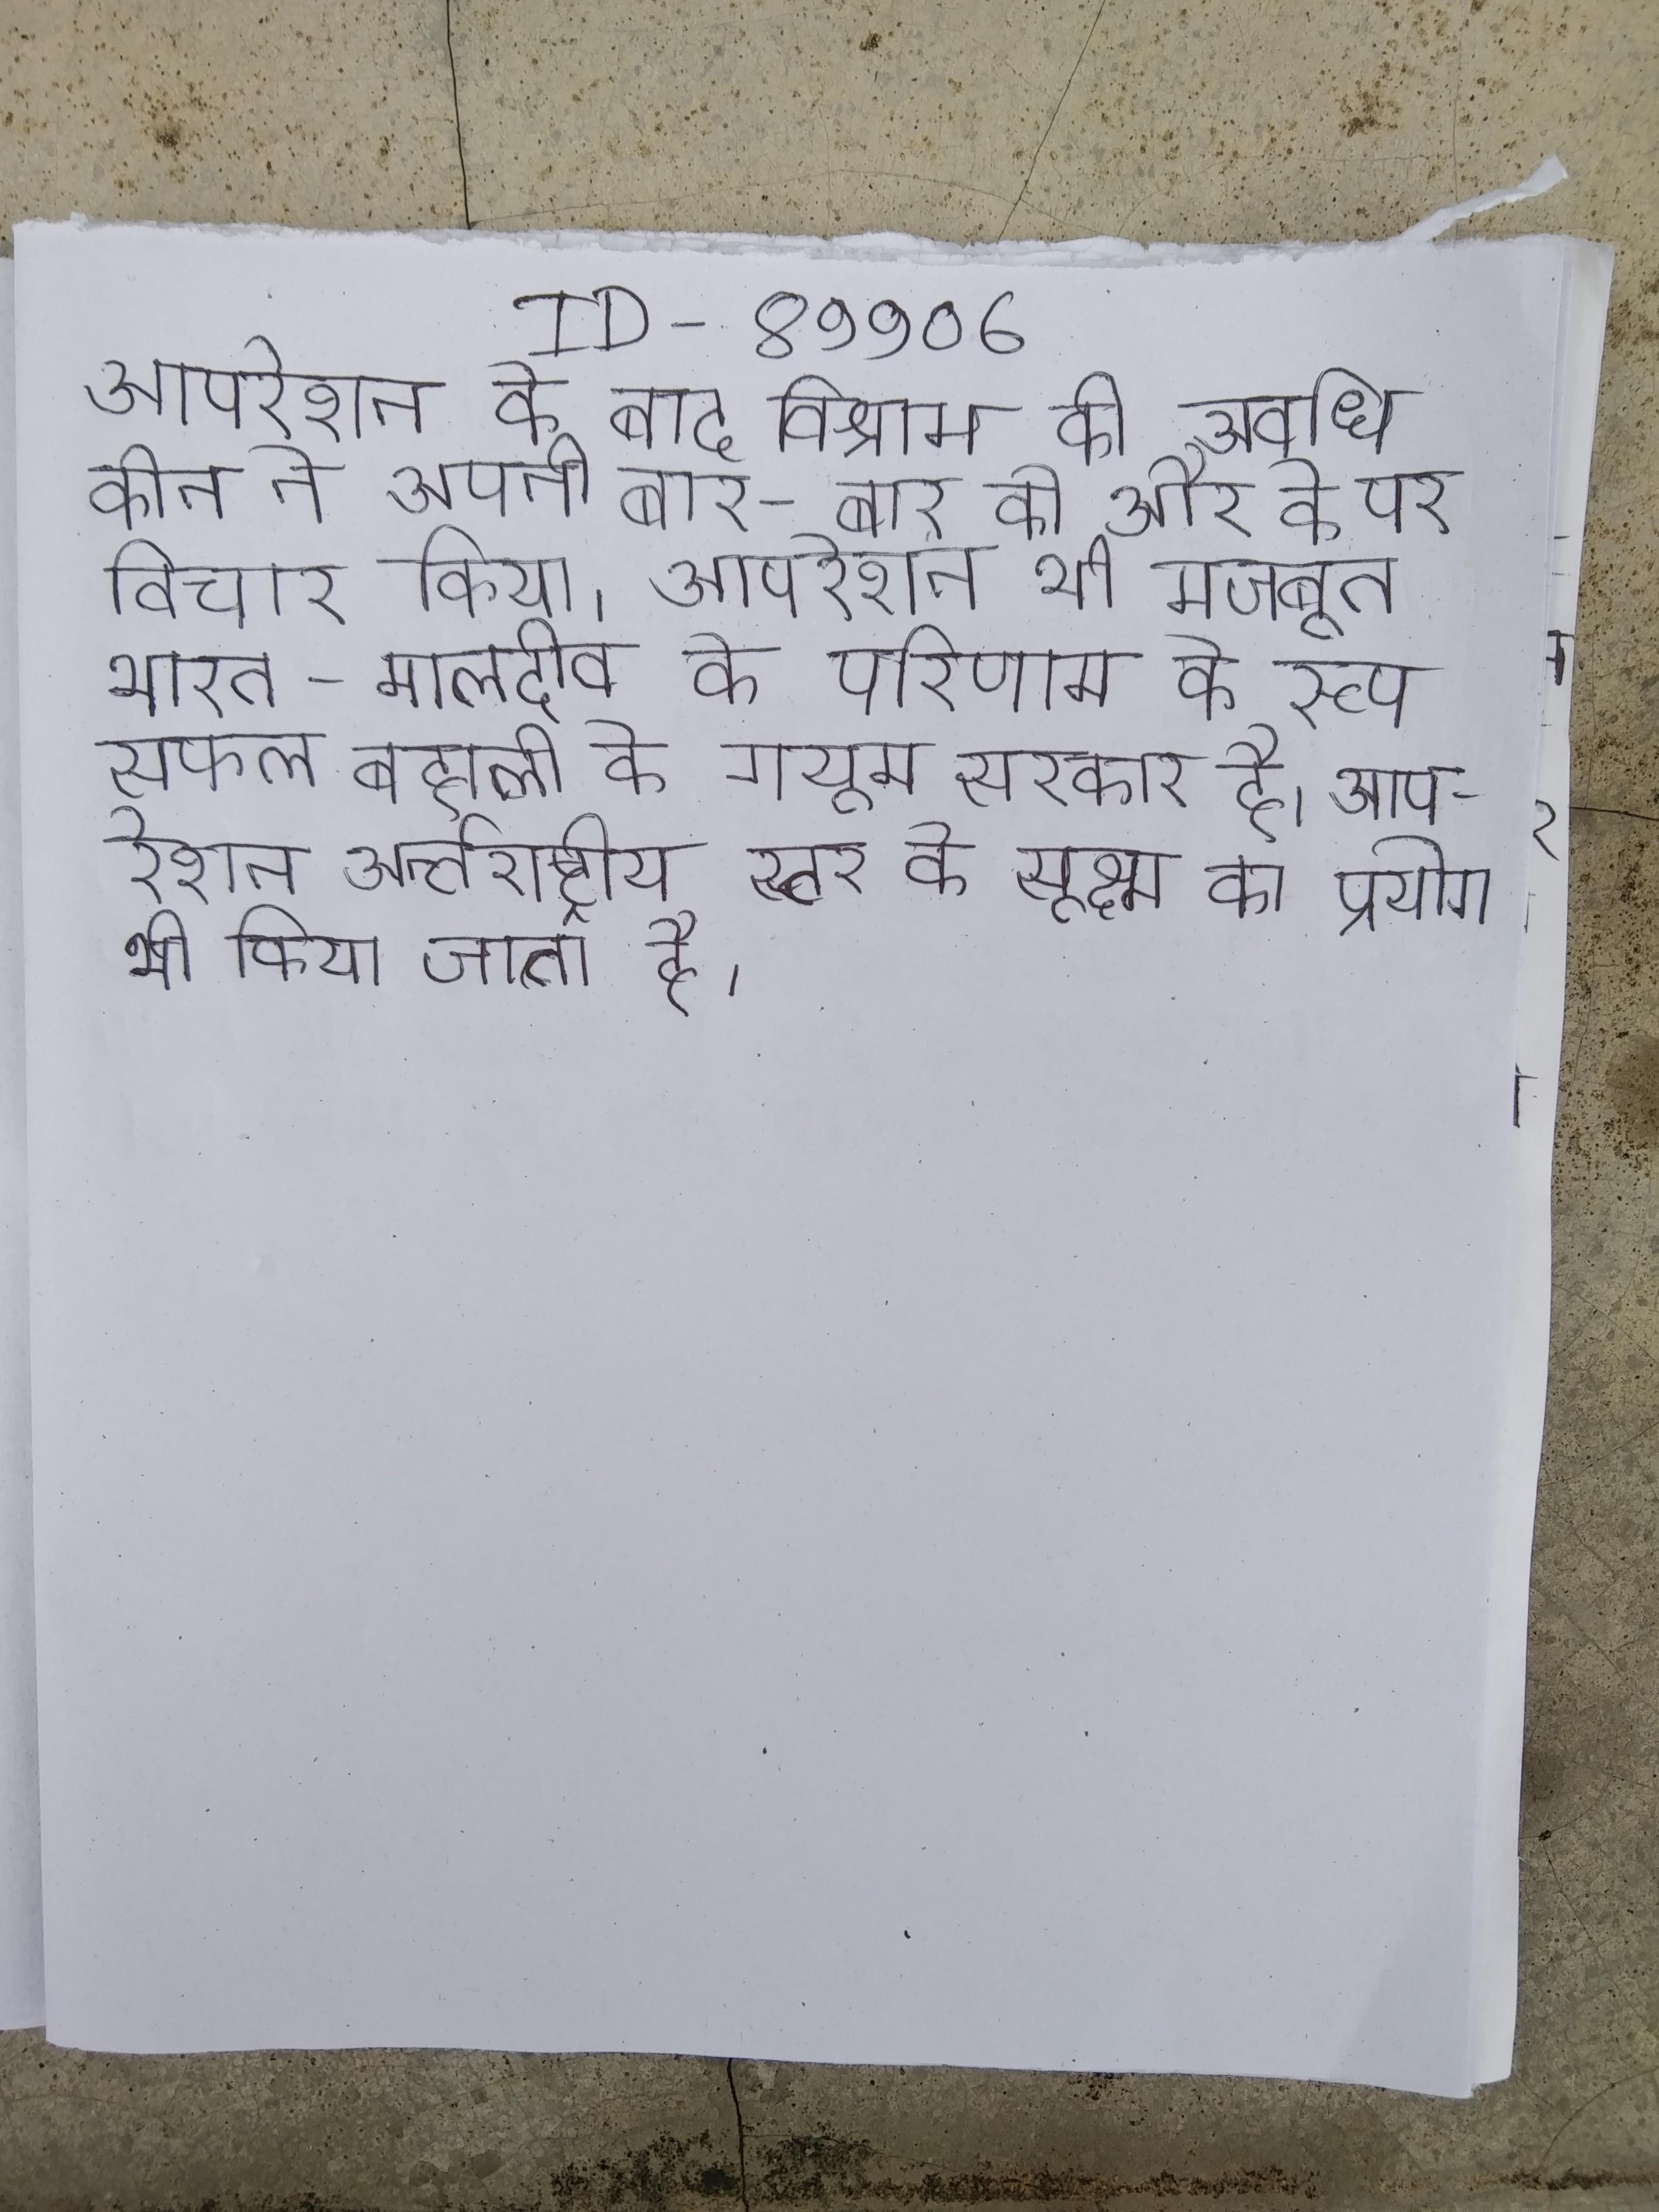
आपरेशन के बाद विश्राम की अवधि कीन ने अपनी बार-बार की और के पर विचार किया । आपरेशन भी मजबूत भारत-मालदीव के परिणाम के रूप सफल बहाली के गयूम सरकार है । आपरेशन अर्न्तराष्ट्रीय स्तर के सूक्ष्म का प्रयोग भी किया जाता है ।